Rangoon Lunatic Asylum 1893-1897 - 1893-1897
Year: 1893
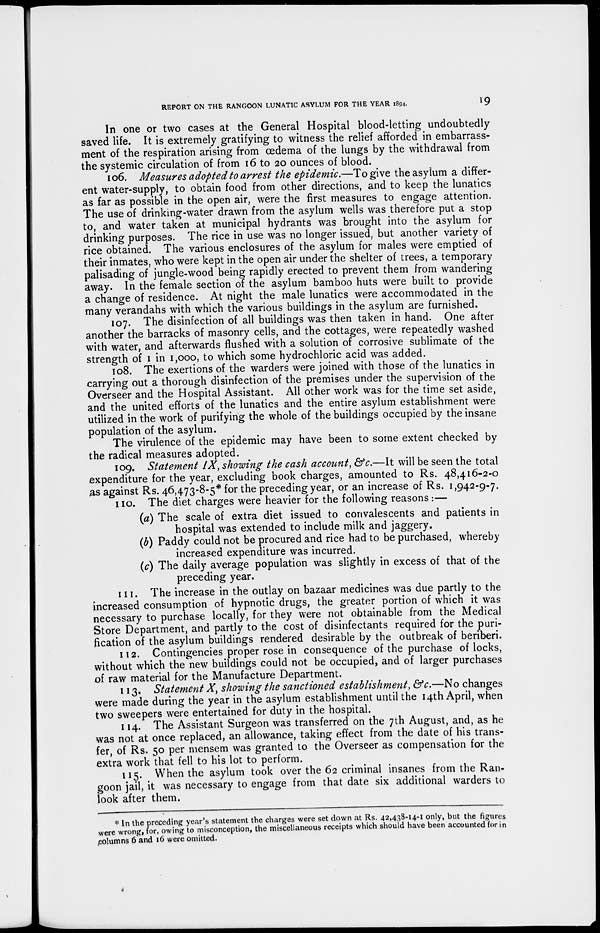
REPORT ON THE RANGOON LUNATIC ASYLUM FOR THE YEAR 1894.
19
In one or two cases at the General Hospital blood-letting undoubtedly
saved life. It is extremely gratifying to witness the relief afforded in embarrass-
ment of the respiration arising from œdema of the lungs by the withdrawal from
the systemic circulation of from 16 to 20 ounces of blood.
106. Measures adopted to arrest the epidemic.—To give the asylum a differ-
ent water-supply, to obtain food from other directions, and to keep the lunatics
as far as possible in the open air, were the first measures to engage attention.
The use of drinking-water drawn from the asylum wells was therefore put a stop
to, and water taken at municipal hydrants was brought into the asylum for
drinking purposes. The rice in use was no longer issued, but another variety of
rice obtained. The various enclosures of the asylum for males were emptied of
their inmates, who were kept in the open air under the shelter of trees, a temporary
palisading of jungle-wood being rapidly erected to prevent them from wandering
away. In the female section of the asylum bamboo huts were built to provide
a change of residence. At night the male lunatics were accommodated in the
many verandahs with which the various buildings in the asylum are furnished.
107. The disinfection of all buildings was then taken in hand. One after
another the barracks of masonry cells, and the cottages, were repeatedly washed
with water, and afterwards flushed with a solution of corrosive sublimate of the
strength of 1 in 1,000, to which some hydrochloric acid was added.
108. The exertions of the warders were joined with those of the lunatics in
carrying out a thorough disinfection of the premises under the supervision of the
Overseer and the Hospital Assistant. All other work was for the time set aside,
and the united efforts of the lunatics and the entire asylum establishment were
utilized in the work of purifying the whole of the buildings occupied by the insane
population of the asylum.
The virulence of the epidemic may have been to some extent checked by
the radical measures adopted.
109. Statement IX, showing the cash account, &c.—It will be seen the total
expenditure for the year, excluding book charges, amounted to Rs. 48,416-2-0
as against Rs. 46,473-8-5* for the preceding year, or an increase of Rs. 1,942-9-7.
110. The diet charges were heavier for the following reasons :—
(a) The scale of extra diet issued to convalescents and patients in
hospital was extended to include milk and jaggery.
(b) Paddy could not be procured and rice had to be purchased, whereby
increased expenditure was incurred.
(c) The daily average population was slightly in excess of that of the
preceding year.
111.The increase in the outlay on bazaar medicines was due partly to the
increased consumption of hypnotic drugs, the greater portion of which it was
necessary to purchase locally, for they were not obtainable from the Medical
Store Department, and partly to the cost of disinfectants required for the puri-
fication of the asylum buildings rendered desirable by the outbreak of beriberi.
112. Contingencies proper rose in consequence of the purchase of locks,
without which the new buildings could not be occupied, and of larger purchases
of raw material for the Manufacture Department.
113. Statement X, showing the sanctioned establishment, &c.—No changes
were made during the year in the asylum establishment until the 14th April, when
two sweepers were entertained for duty in the hospital.
114. The Assistant Surgeon was transferred on the 7th August, and, as he
was not at once replaced, an allowance, taking effect from the date of his trans-
fer, of Rs. 50 per mensem was granted to the Overseer as compensation for the
extra work that fell to his lot to perform.
115. When the asylum took over the 62 criminal insanes from the Ran-
goon jail, it was necessary to engage from that date six additional warders to
look after them.
* In the preceding year's statement the charges were set down at Rs. 42,438-14-1 only, but the figures
were wrong, for, owing to misconception, the miscellaneous receipts which should have been accounted for in
columns 6 and 16 were omitted.